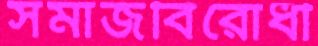
সমাজবিরোধী